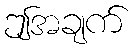
ဤအချက်